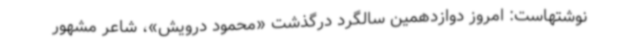
نوشتهاست: امروز دوازدهمین سالگرد درگذشت «محمود درویش»، شاعر مشهور